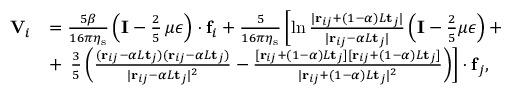
\begin{array} { r l } { \mathbf { V } _ { i } } & { = \frac { 5 \beta } { 1 6 \pi \eta _ { \mathrm { s } } } \left( \mathbf { I } - \frac { 2 } { 5 } \, \mu \boldsymbol { \epsilon } \right) \cdot \mathbf { f } _ { i } + \frac { 5 } { 1 6 \pi \eta _ { \mathrm { s } } } \left[ \ln \frac { | \mathbf { r } _ { i j } + ( 1 - \alpha ) L \mathbf { t } _ { j } | } { | \mathbf { r } _ { i j } - \alpha L \mathbf { t } _ { j } | } \left( \mathbf { I } - \frac { 2 } { 5 } \mu \boldsymbol { \epsilon } \right) + \right. } \\ & { + \left. \, \frac { 3 } { 5 } \left( \frac { ( \mathbf { r } _ { i j } - \alpha L \mathbf { t } _ { j } ) ( \mathbf { r } _ { i j } - \alpha L \mathbf { t } _ { j } ) } { | \mathbf { r } _ { i j } - \alpha L \mathbf { t } _ { j } | ^ { 2 } } - \frac { [ \mathbf { r } _ { i j } + ( 1 - \alpha ) L \mathbf { t } _ { j } ] [ \mathbf { r } _ { i j } + ( 1 - \alpha ) L \mathbf { t } _ { j } ] } { | \mathbf { r } _ { i j } + ( 1 - \alpha ) L \mathbf { t } _ { j } | ^ { 2 } } \right) \right] \cdot \mathbf { f } _ { j } , } \end{array}